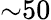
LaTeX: {\sim}50